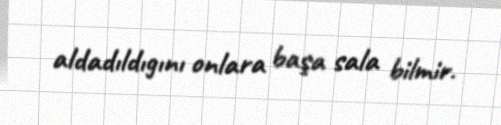
aldadıldıgını onlara başa sala bilmir.